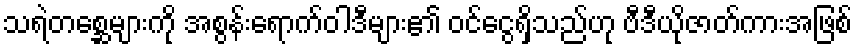
သရဲတစ္ဆေများကို အစွန်းရောက်ဝါဒီများ၏ ဝင်ငွေရှိသည်ဟု ဗီဒီယိုဇာတ်ကားအဖြစ်